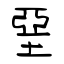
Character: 堊